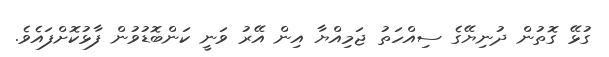
ގުޅޭ ގޮތުން ދުނިޔޭގެ ސިއްހަތު ޖަމިއްޔާ އިން އޭރު ވަނީ ކަންބޮޑުވުން ފާޅުކޮށްފައެވެ.